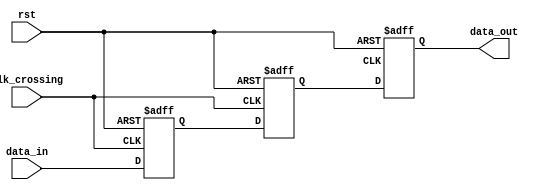
module synchronizer (
    input         clk_crossing,  // Input clock domain
    input         rst,           // Reset signal
    input         data_in,       // Input data signal
    output reg    data_out       // Output synchronized data signal
);

reg flipflop1, flipflop2, flipflop3;

// First flip-flop to capture input data
always @(posedge clk_crossing or posedge rst) begin
    if (rst) begin
        flipflop1 <= 1'b0;
    end else begin
        flipflop1 <= data_in;
    end
end

// Second flip-flop to ensure data stability
always @(posedge clk_crossing or posedge rst) begin
    if (rst) begin
        flipflop2 <= 1'b0;
    end else begin
        flipflop2 <= flipflop1;
    end
end

// Third flip-flop to output synchronized data
always @(posedge clk_destination or posedge rst) begin
    if (rst) begin
        flipflop3 <= 1'b0;
    end else begin
        flipflop3 <= flipflop2;
    end
end

// Output synchronized data
always @* begin
    data_out <= flipflop3;
end

endmodule